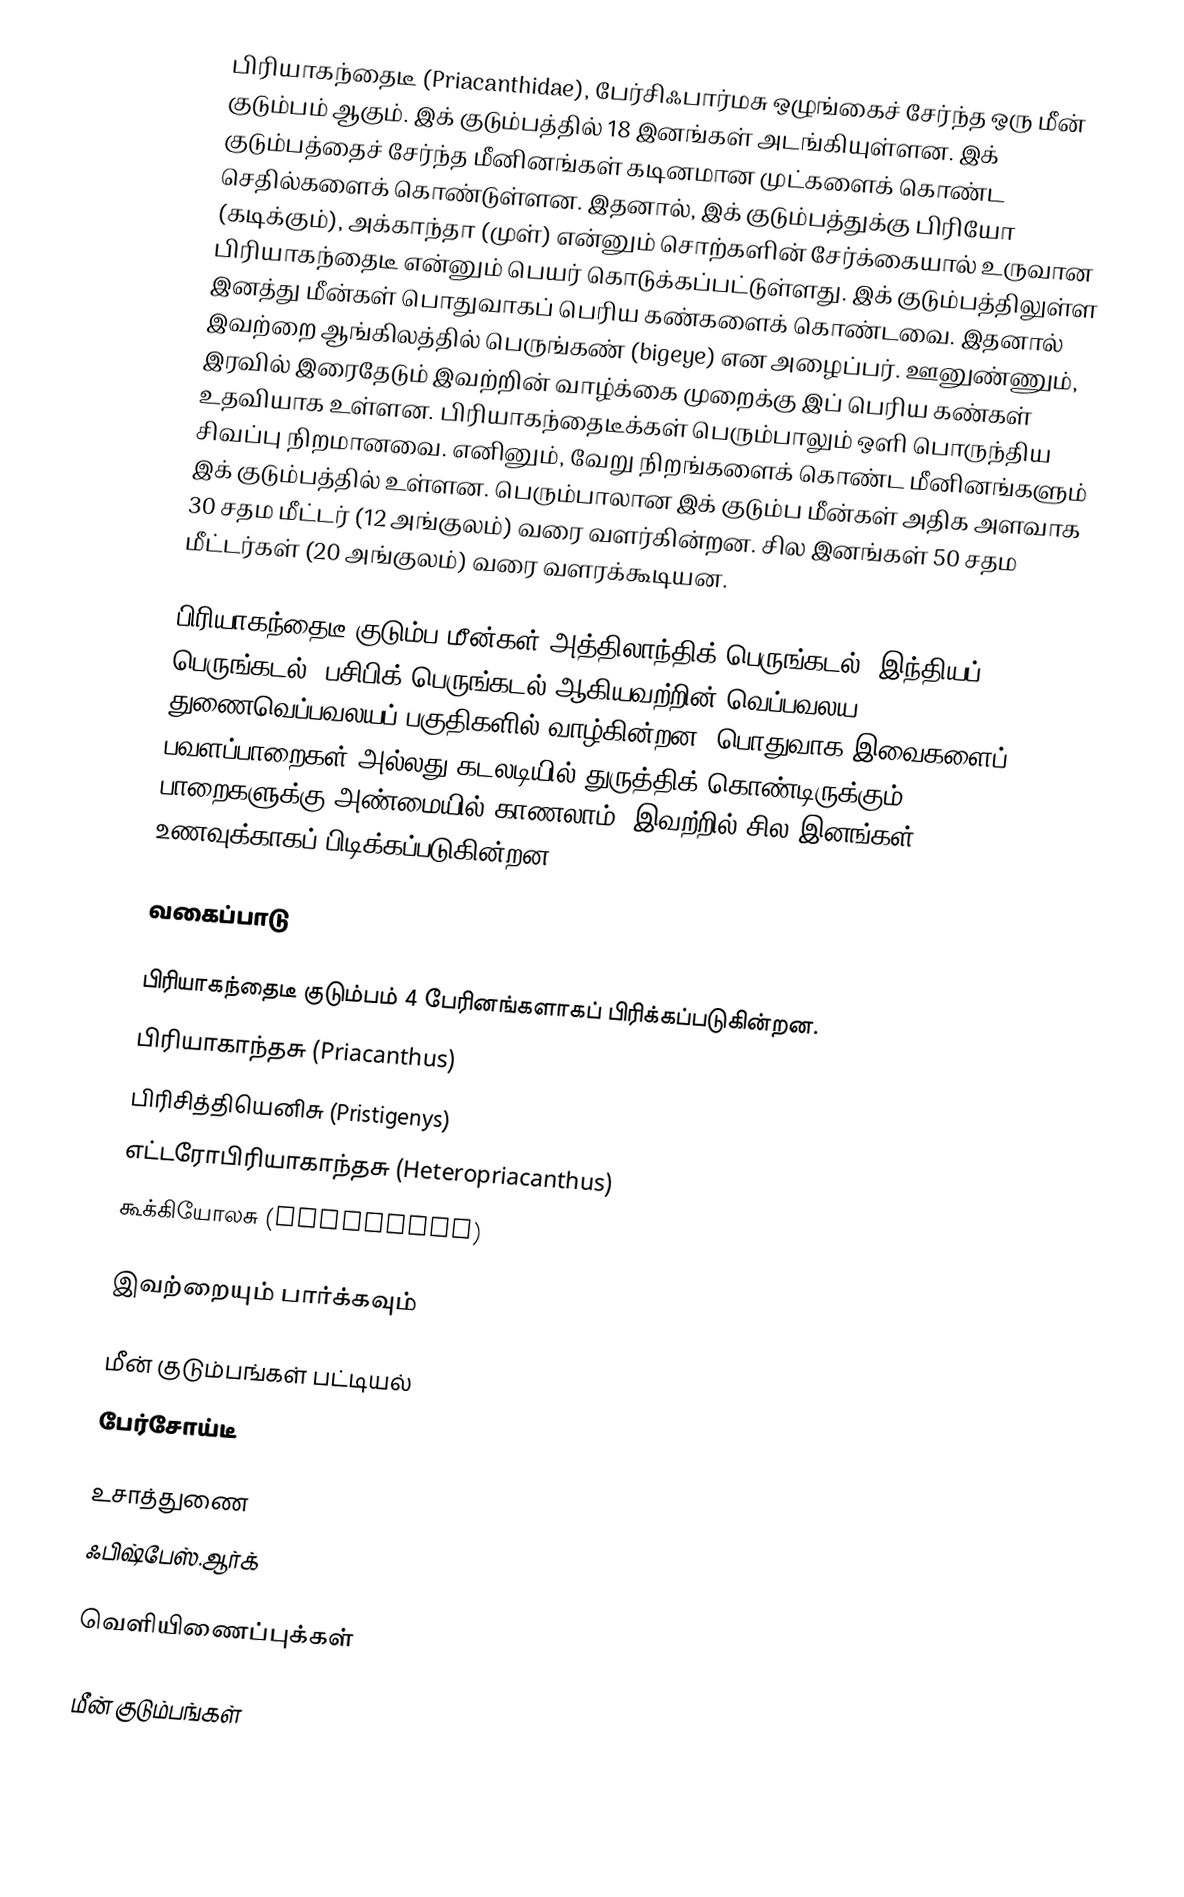
பிரியாகந்தைடீ (Priacanthidae), பேர்சிஃபார்மசு ஒழுங்கைச் சேர்ந்த ஒரு மீன் குடும்பம் ஆகும். இக் குடும்பத்தில் 18 இனங்கள் அடங்கியுள்ளன. இக் குடும்பத்தைச் சேர்ந்த மீனினங்கள் கடினமான முட்களைக் கொண்ட செதில்களைக் கொண்டுள்ளன. இதனால், இக் குடும்பத்துக்கு பிரியோ (கடிக்கும்), அக்காந்தா (முள்) என்னும் சொற்களின் சேர்க்கையால் உருவான பிரியாகந்தைடீ என்னும் பெயர் கொடுக்கப்பட்டுள்ளது. இக் குடும்பத்திலுள்ள இனத்து மீன்கள் பொதுவாகப் பெரிய கண்களைக் கொண்டவை. இதனால் இவற்றை ஆங்கிலத்தில் பெருங்கண் (bigeye) என அழைப்பர். ஊனுண்ணும், இரவில் இரைதேடும் இவற்றின் வாழ்க்கை முறைக்கு இப் பெரிய கண்கள் உதவியாக உள்ளன. பிரியாகந்தைடீக்கள் பெரும்பாலும் ஒளி பொருந்திய சிவப்பு நிறமானவை. எனினும், வேறு நிறங்களைக் கொண்ட மீனினங்களும் இக் குடும்பத்தில் உள்ளன. பெரும்பாலான இக் குடும்ப மீன்கள் அதிக அளவாக 30 சதம மீட்டர் (12 அங்குலம்) வரை வளர்கின்றன. சில இனங்கள் 50 சதம மீட்டர்கள் (20 அங்குலம்) வரை வளரக்கூடியன.

பிரியாகந்தைடீ குடும்ப மீன்கள் அத்திலாந்திக் பெருங்கடல், இந்தியப் பெருங்கடல், பசிபிக் பெருங்கடல் ஆகியவற்றின் வெப்பவலய, துணைவெப்பவலயப் பகுதிகளில் வாழ்கின்றன. பொதுவாக இவைகளைப் பவளப்பாறைகள் அல்லது கடலடியில் துருத்திக் கொண்டிருக்கும் பாறைகளுக்கு அண்மையில் காணலாம். இவற்றில் சில இனங்கள் உணவுக்காகப் பிடிக்கப்படுகின்றன.

வகைப்பாடு

பிரியாகந்தைடீ குடும்பம் 4 பேரினங்களாகப் பிரிக்கப்படுகின்றன.
 பிரியாகாந்தசு (Priacanthus)
 பிரிசித்தியெனிசு (Pristigenys)
 எட்டரோபிரியாகாந்தசு (Heteropriacanthus)
 கூக்கியோலசு (Cookeolus)

இவற்றையும் பார்க்கவும்

 மீன் குடும்பங்கள் பட்டியல்
 பேர்சோய்டீ

உசாத்துணை
 ஃபிஷ்பேஸ்.ஆர்க்

வெளியிணைப்புக்கள்

மீன் குடும்பங்கள்